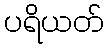
ပရိယတ်